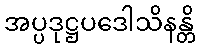
အပ္ပဒုဋ္ဌပဒေါသိနန္တိ